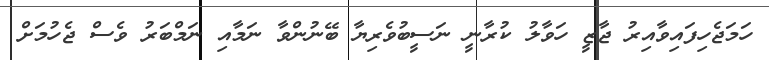
ހަމަޖެހިފައިވާއިރު ޖާޒީ ހަވާލު ކުރާނީ ނަސީބުވެރިޔާ ބޭނުންވާ ނަމާއި ނަމްބަރު ވެސް ޖެހުމަށް